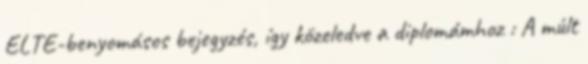
ELTE-benyomásos bejegyzés, így közeledve a diplomámhoz : A múlt